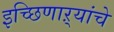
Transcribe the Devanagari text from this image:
इच्छिणाऱ्यांचे